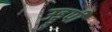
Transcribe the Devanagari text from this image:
उड्डुपी